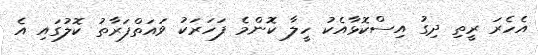
އެހެރަ ރީތި ދިގު އިސްކޮޅާއެކު ހީލާ ކޮންމެ ފަހަރަކު ވައަތްފަރާތު ކޮލުގައި އެ